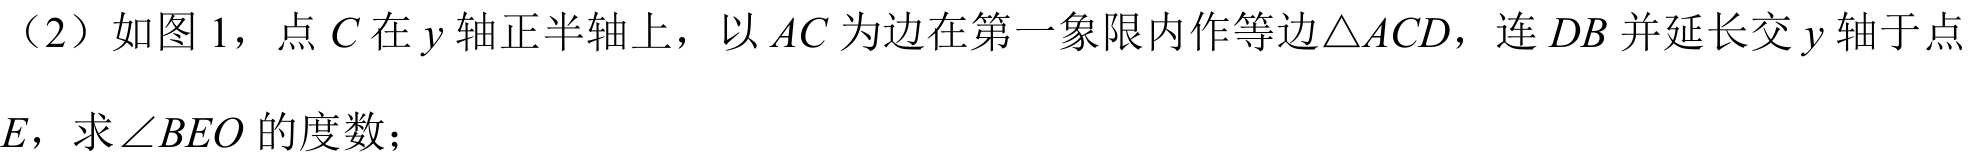
（2）如图1，点\(C\)在\(y\)轴正半轴上，以\(AC\)为边在第一象限内作等边\(\triangle ACD\)，连\(DB\)并延长交\(y\)轴于点\(E\)，求\(\angle BEO\)的度数；